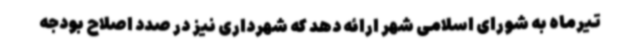
تیرماه به شورای اسلامی شهر ارائه دهد که شهرداری نیز در صدد اصلاح بودجه